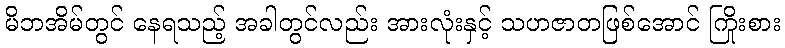
မိဘအိမ်တွင် နေရသည့် အခါတွင်လည်း အားလုံးနှင့် သဟဇာတဖြစ်အောင် ကြိုးစား